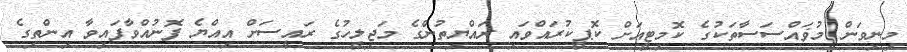
މިނިވަން މުޥައްސަސާތަކުގެ ކޮމިޓީއަށް ކޮޕީކުރައްވައި ރައްޔިތުންގެ މަޖިލީހުގެ ރައީސަށް އިއްޔެ ފޮނުއްވާފައިވާ އިންތިގެ